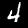
Digit: 4